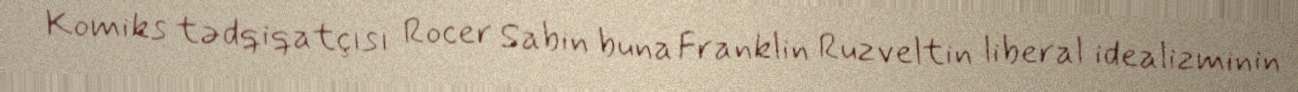
Komiks tədqiqatçısı Rocer Sabin buna Franklin Ruzveltin liberal idealizminin